Annual report on the working of the lock hospitals in the North-Western Provinces and Oudh
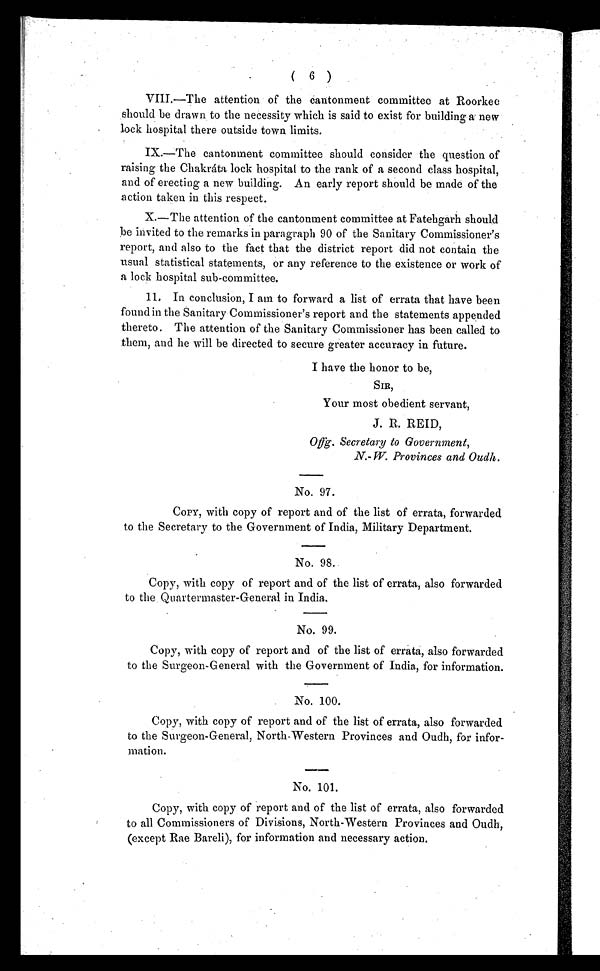
( 6 )
VIII.—The attention of the cantonment committee at Roorkee
should be drawn to the necessity which is said to exist for building a new
lock hospital there outside town limits.
IX.—The cantonment committee should consider the question of
raising the Chakráta lock hospital to the rank of a second class hospital,
and of erecting a new building. An early report should be made of the
action taken in this respect.
X.—The attention of the cantonment committee at Fatehgarh should
be invited to the remarks in paragraph 90 of the Sanitary Commissioner's
report, and also to the fact that the district report did not contain the
usual statistical statements, or any reference to the existence or work of
a lock hospital sub-committee.
11. In conclusion, I am to forward a list of errata that have been
found in the Sanitary Commissioner's report and the statements appended
thereto. The attention of the Sanitary Commissioner has been called to
them, and lie will be directed to secure greater accuracy in future.
I have the honor to be,
SIR,
Your most obedient servant,
J. R. REID,
Offg. Secretary to Government,
N.- W. Provinces and Oudh.
No. 97.
COPY, with copy of report and of the list of errata, forwarded
to the Secretary to the Government of India, Military Department.
No. 98.
Copy, with copy of report and of the list of errata, also forwarded
to the Quartermaster-General in India.
No. 99.
Copy, with copy of report and of the list of errata, also forwarded
to the Surgeon-General with the Government of India, for information.
No. 100.
Copy, with copy of report and of the list of errata, also forwarded
to the Surgeon-General, North-Western Provinces and Oudh, for infor-
mation.
No. 101.
Copy, with copy of report and of the list of errata, also forwarded
to all Commissioners of Divisions, North-Western Provinces and Oudh,
(except Rae Bareli), for information and necessary action.